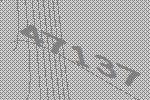
47137